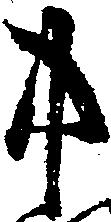
中